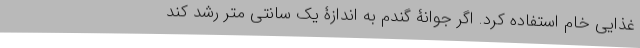
غذایی خام استفاده کرد. اگر جوانۀ گندم به اندازۀ یک سانتی متر رشد کند